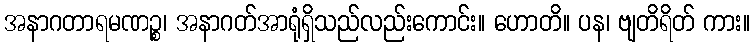
အနာဂတာရမဏဉ္စ၊ အနာဂတ်အာရုံရှိသည်လည်းကောင်း။ ဟောတိ။ ပန၊ ဗျတိရိတ် ကား။